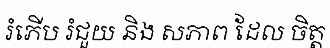
រំភើប រំជួយ និង សភាព ដែល ចិត្ត